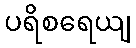
ပရိစရေယျ